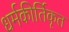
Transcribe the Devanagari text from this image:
धर्मकीर्तिकृत